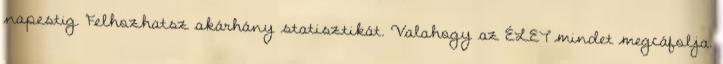
napestig. Felhozhatsz akárhány statisztikát. Valahogy az ÉLET mindet megcáfolja.